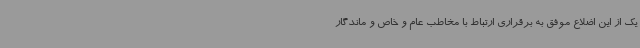
یک از این اضلاع موفق به برقراری ارتباط با مخاطب عام و خاص و ماندگار